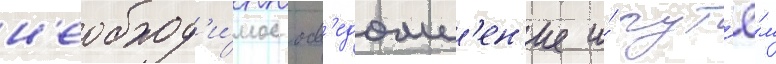
н'еобход'и́мое осв'едомл'ен'ие и́ пут'ё́м